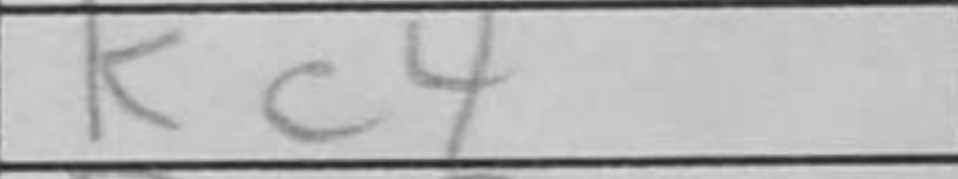
Transcription: Kc4